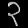
Digit: ၃